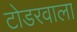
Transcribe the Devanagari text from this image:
टोडरवाला